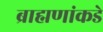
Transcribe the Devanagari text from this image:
ब्राह्मणांकडे